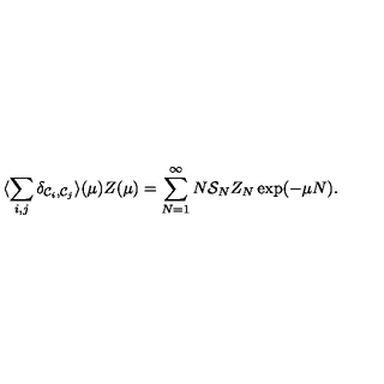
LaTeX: \protect \langle \sum _ { i , j } \delta _ { { \cal { C } } _ { i } , { \cal { C } } _ { j } } \rangle ( \mu ) Z ( \mu ) = \sum _ { N = 1 } ^ { \infty } N { \cal { S } } _ { N } Z _ { N } \exp ( - \mu N ) .